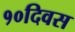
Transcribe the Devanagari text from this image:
१०दिवस